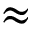
\approx